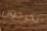
تخرجون